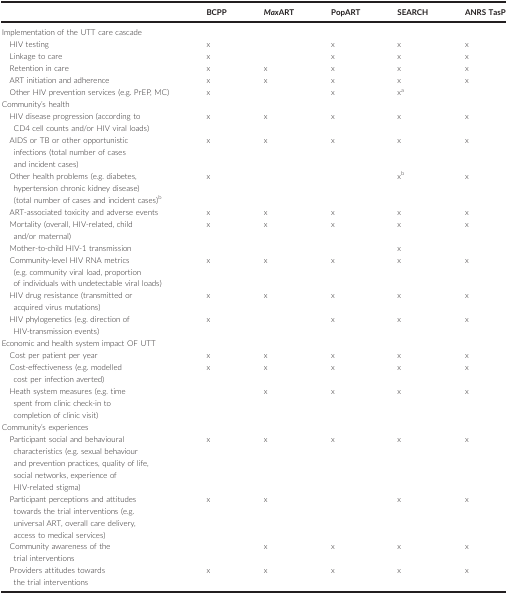
<table><thead><tr><td></td><td><b>BCPP </b></td><td><b><i>Max</i>ART</b></td><td><b>PopART</b></td><td><b>SEARCH </b></td><td><b>ANRS TasP</b></td></tr></thead><tbody><tr><td colspan="6">Implementation of the UTT care cascade</td></tr><tr><td>HIV testing</td><td>x</td><td></td><td>x</td><td>x</td><td>x</td></tr><tr><td>Linkage to care</td><td>x</td><td></td><td>x</td><td>x</td><td>x</td></tr><tr><td>Retention in care</td><td>x</td><td>x</td><td>x</td><td>x</td><td>x</td></tr><tr><td>ART initiation and adherence</td><td>x</td><td>x</td><td>x</td><td>x</td><td>x</td></tr><tr><td>Other HIV prevention services (e.g. PrEP, MC)</td><td>x</td><td></td><td>x</td><td>xa</td><td></td></tr><tr><td colspan="6">Community&#x27;s health</td></tr><tr><td>HIV disease progression (according to CD4 cell counts and/or HIV viral loads)</td><td>x</td><td>x</td><td>x</td><td>x</td><td>x</td></tr><tr><td>AIDS or TB or other opportunistic infections (total number of cases and incident cases)</td><td>x</td><td>x</td><td>x</td><td>x</td><td>x</td></tr><tr><td>Other health problems (e.g. diabetes, hypertension chronic kidney disease) (total number of cases and incident cases)b</td><td>x</td><td></td><td></td><td>xb</td><td>x</td></tr><tr><td>ART‐associated toxicity and adverse events</td><td>x</td><td>x</td><td>x</td><td>x</td><td>x</td></tr><tr><td>Mortality (overall, HIV‐related, child and/or maternal)</td><td>x</td><td>x</td><td>x</td><td>x</td><td>x</td></tr><tr><td>Mother‐to‐child HIV‐1 transmission</td><td></td><td></td><td></td><td>x</td><td></td></tr><tr><td>Community‐level HIV RNA metrics (e.g. community viral load, proportion of individuals with undetectable viral loads)</td><td>x</td><td>x</td><td>x</td><td>x</td><td>x</td></tr><tr><td>HIV drug resistance (transmitted or acquired virus mutations)</td><td>x</td><td>x</td><td>x</td><td>x</td><td>x</td></tr><tr><td>HIV phylogenetics (e.g. direction of HIV‐transmission events)</td><td>x</td><td></td><td>x</td><td>x</td><td>x</td></tr><tr><td colspan="6">Economic and health system impact OF UTT</td></tr><tr><td>Cost per patient per year</td><td>x</td><td>x</td><td>x</td><td>x</td><td>x</td></tr><tr><td>Cost‐effectiveness (e.g. modelled cost per infection averted)</td><td>x</td><td>x</td><td>x</td><td>x</td><td>x</td></tr><tr><td>Heath system measures (e.g. time spent from clinic check‐in to completion of clinic visit)</td><td></td><td>x</td><td>x</td><td>x</td><td>x</td></tr><tr><td colspan="6">Community&#x27;s experiences</td></tr><tr><td>Participant social and behavioural characteristics (e.g. sexual behaviour and prevention practices, quality of life, social networks, experience of HIV‐related stigma)</td><td>x</td><td>x</td><td>x</td><td>x</td><td>x</td></tr><tr><td>Participant perceptions and attitudes towards the trial interventions (e.g. universal ART, overall care delivery, access to medical services)</td><td>x</td><td>x</td><td></td><td>x</td><td>x</td></tr><tr><td>Community awareness of the trial interventions</td><td></td><td>x</td><td>x</td><td>x</td><td>x</td></tr><tr><td>Providers attitudes towards the trial interventions</td><td>x</td><td>x</td><td>x</td><td>x</td><td>x</td></tr></tbody></table>